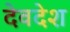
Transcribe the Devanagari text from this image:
देवदेश